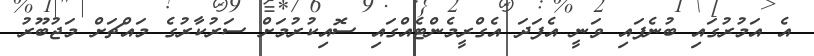
އެ އަމުރުގައި ބުނެފައި ވަނީ އެފަދަ އެގްރީމެންޓެއްގައި ސޮއިކުރުމަށް ސަރުކާރުގެ މައްޗަށް މަޖުބޫރު